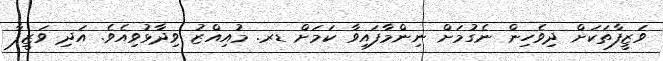
ވަޒީފާތަކަށް ދިވެހިން ނެގުމަށް ނިންމާފައިވާ ކަމަށް ޑރ. މުއިއްޒު ވިދާޅުވިއެވެ. އަދި ވަޒީފާ